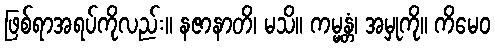
ဖြစ်ရာအရပ်ကိုလည်း။ နဇာနာတိ၊ မသိ။ ကမ္မန္တံ၊ အမှုကို။ ကိမေဝ